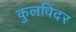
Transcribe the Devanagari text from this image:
कुलविंदर